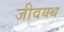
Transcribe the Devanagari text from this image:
जीवयथ